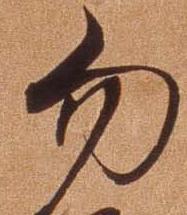
勿